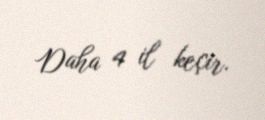
Daha 4 il keçir.